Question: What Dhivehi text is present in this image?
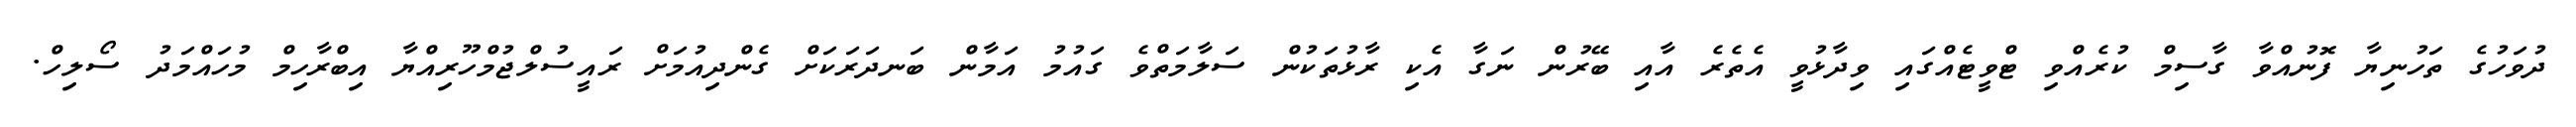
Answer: ދުވަހުގެ ތަހުނިޔާ ފޮނުއްވާ ގާސިމް ކުރެއްވި ޓްވީޓެއްގައި ވިދާޅުވީ އެތެރެ އާއި ބޭރުން ނަގާ އެކި ރާޅުތަކުން ސަލާމަތްވެ ގައުމު އަމާން ބަނދަރަކަށް ގެންދިއުމަށް ރައީސުލްޖުމްހޫރިއްޔާ އިބްރާހިމް މުހައްމަދު ސޯލިހް.